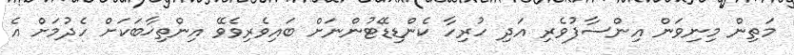
މަތިން މިނިވަން އިންސާފުވެރި އަދި ހުރިހާ ކެންޑިޑޭޓުންނަށް ބައިވެރިވެވޭ އިންތިޚާބަކަށް ހެދުމަށް އެ